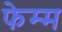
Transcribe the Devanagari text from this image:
फेम्म